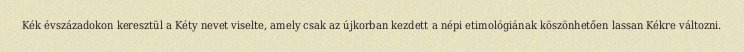
Kék évszázadokon keresztül a Kéty nevet viselte, amely csak az újkorban kezdett a népi etimológiának köszönhetően lassan Kékre változni.